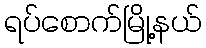
ရပ်စောက်မြို့နယ်